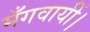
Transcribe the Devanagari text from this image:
मँगवायीं।